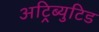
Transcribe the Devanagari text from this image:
अट्रिब्युटिड